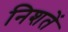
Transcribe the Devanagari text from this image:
निशतें